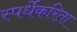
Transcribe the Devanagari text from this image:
स्पर्धेकरिता